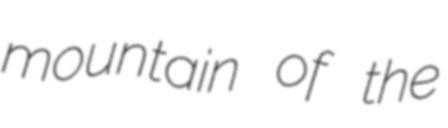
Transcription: mountain of the